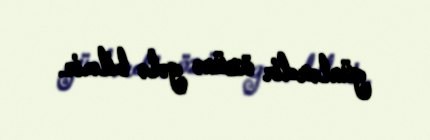
günlərdir özünə gələ bilmir.